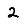
Digit: 2